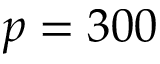
p = 3 0 0